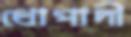
ধোপাদী